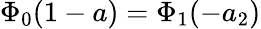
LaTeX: \Phi_{0}(1-a)=\Phi_{1}(-a_{2})